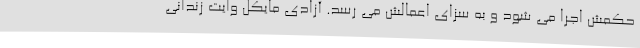
حکمش اجرا می شود و به سزای اعمالش می رسد. آزادی مایکل وایت زندانی